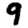
Digit: 9